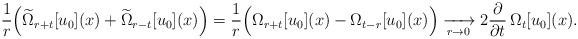
LaTeX: \begin{align*}\frac{1}{r} \Big(\widetilde{\Omega}_{r+t}[u_0](x)+\widetilde{\Omega}_{r-t}[u_0](x)\Big) & = \frac{1}{r} \Big(\Omega_{r+t}[u_0](x)-\Omega_{t-r}[u_0](x)\Big) \xrightarrow [r\to 0] {} 2\frac{\partial}{\partial t} \, \Omega_{t}[u_0](x).\end{align*}